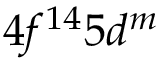
4 f ^ { 1 4 } 5 d ^ { m }